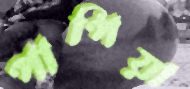
পাপিয়া